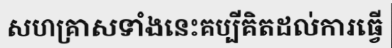
សហគ្រាសទាំងនេះគប្បីគិតដល់ការធ្វើ